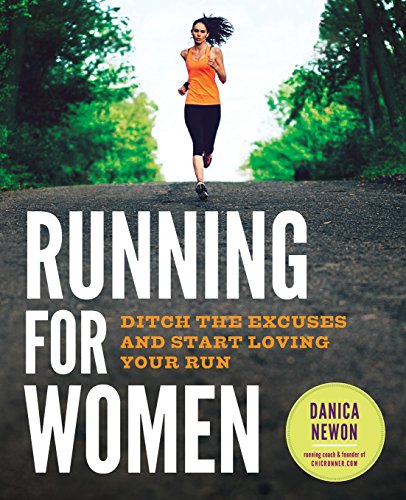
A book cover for Running for Women: Ditch the Excuses and Start Loving Your Run; Danica Newon; Reference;